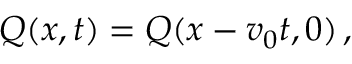
Q ( x , t ) = Q ( x - v _ { 0 } t , 0 ) \, ,